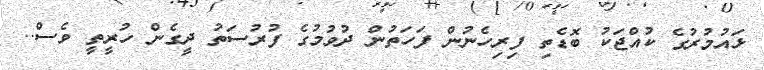
ޅައުމުރުގެ ކުއްޖަކު ބޮޑެތި ފިރިހެނުން ފަހަތުން ދުވުމުގެ ފުރުސަތު ދީގެން ހުރީތީ ވެސް..